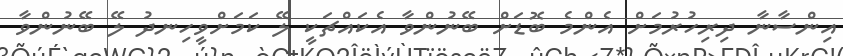
އިންސާނާ ދިރިހުރުމަށް އެންމެ ބޮޑަށް ބޭނުންވާ އެކައްޗަކީ ލޭ ކަމަށްވީހިނދު ލޭ ބޭނުންވާ